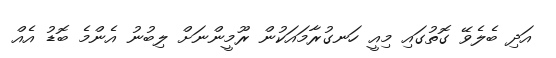
އަދި ބެލެވޭ ގޮތުގައި މިއީ ހަނގުރާމައަކުން ރޫމީންނަށް ލިބުނު އެންމެ ބޮޑު އެއް